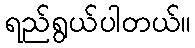
ရည်ရွယ်ပါတယ်။